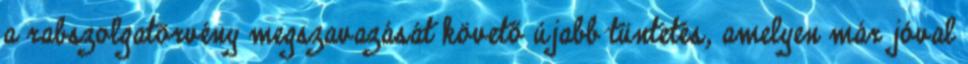
a rabszolgatörvény megszavazását követő újabb tüntetés, amelyen már jóval